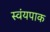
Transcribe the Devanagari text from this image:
स्वंयपाक